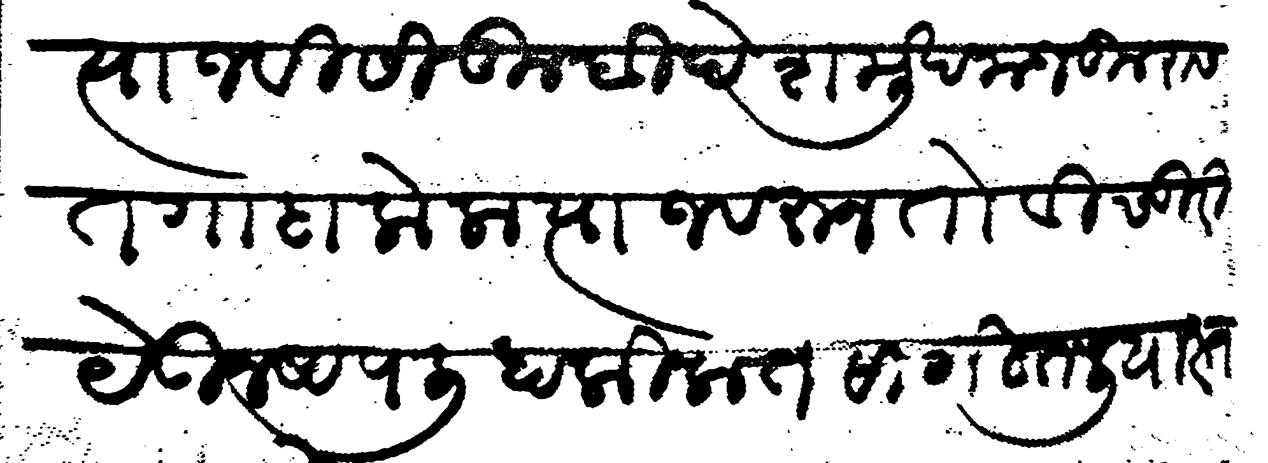
Transliteration (Devanagari): त्याजविसि तुम्ही देशमुख मजकुरास तगादा केला त्याजवरून तो विचुरी येऊन आपली हाकीकत सागितली यास्तव